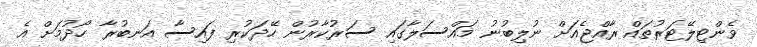
ވެންޓިލޭޓަރުތައް ރާއްޖެއަށް ނުލިބުނު މައްސަލާގައި ސަރުކާރުން ހޭދަކުރި ފައިސާ އަނބުރާ ހޯދުމަށް އެ